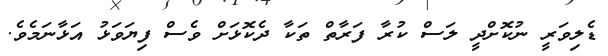
ޑެލިވަރީ ނުކޮށްދީ ލަސް ކުރާ ފަރާތް ތަކާ ދެކޮޅަށް ވެސް ފިޔަވަޅު އަޅާނަމެވެ.